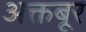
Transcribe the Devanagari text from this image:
अक्तबूर